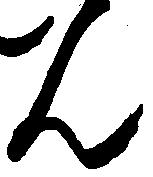
ん